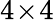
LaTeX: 4\! \times\! 4